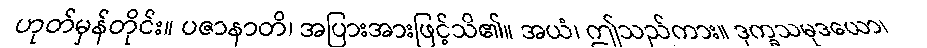
ဟုတ်မှန်တိုင်း။ ပဇာနာတိ၊ အပြားအားဖြင့်သိ၏။ အယံ၊ ဤသည်ကား။ ဒုက္ခသမုဒယော၊